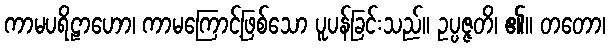
ကာမပရိဠာဟော၊ ကာမကြောင့်ဖြစ်သော ပူပန်ခြင်းသည်။ ဥပ္ပဇ္ဇတိ၊ ၏။ တတော၊